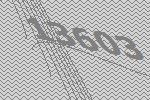
13603